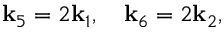
\mathbf { k } _ { 5 } = 2 \mathbf { k } _ { 1 } , \quad \mathbf { k } _ { 6 } = 2 \mathbf { k } _ { 2 } ,